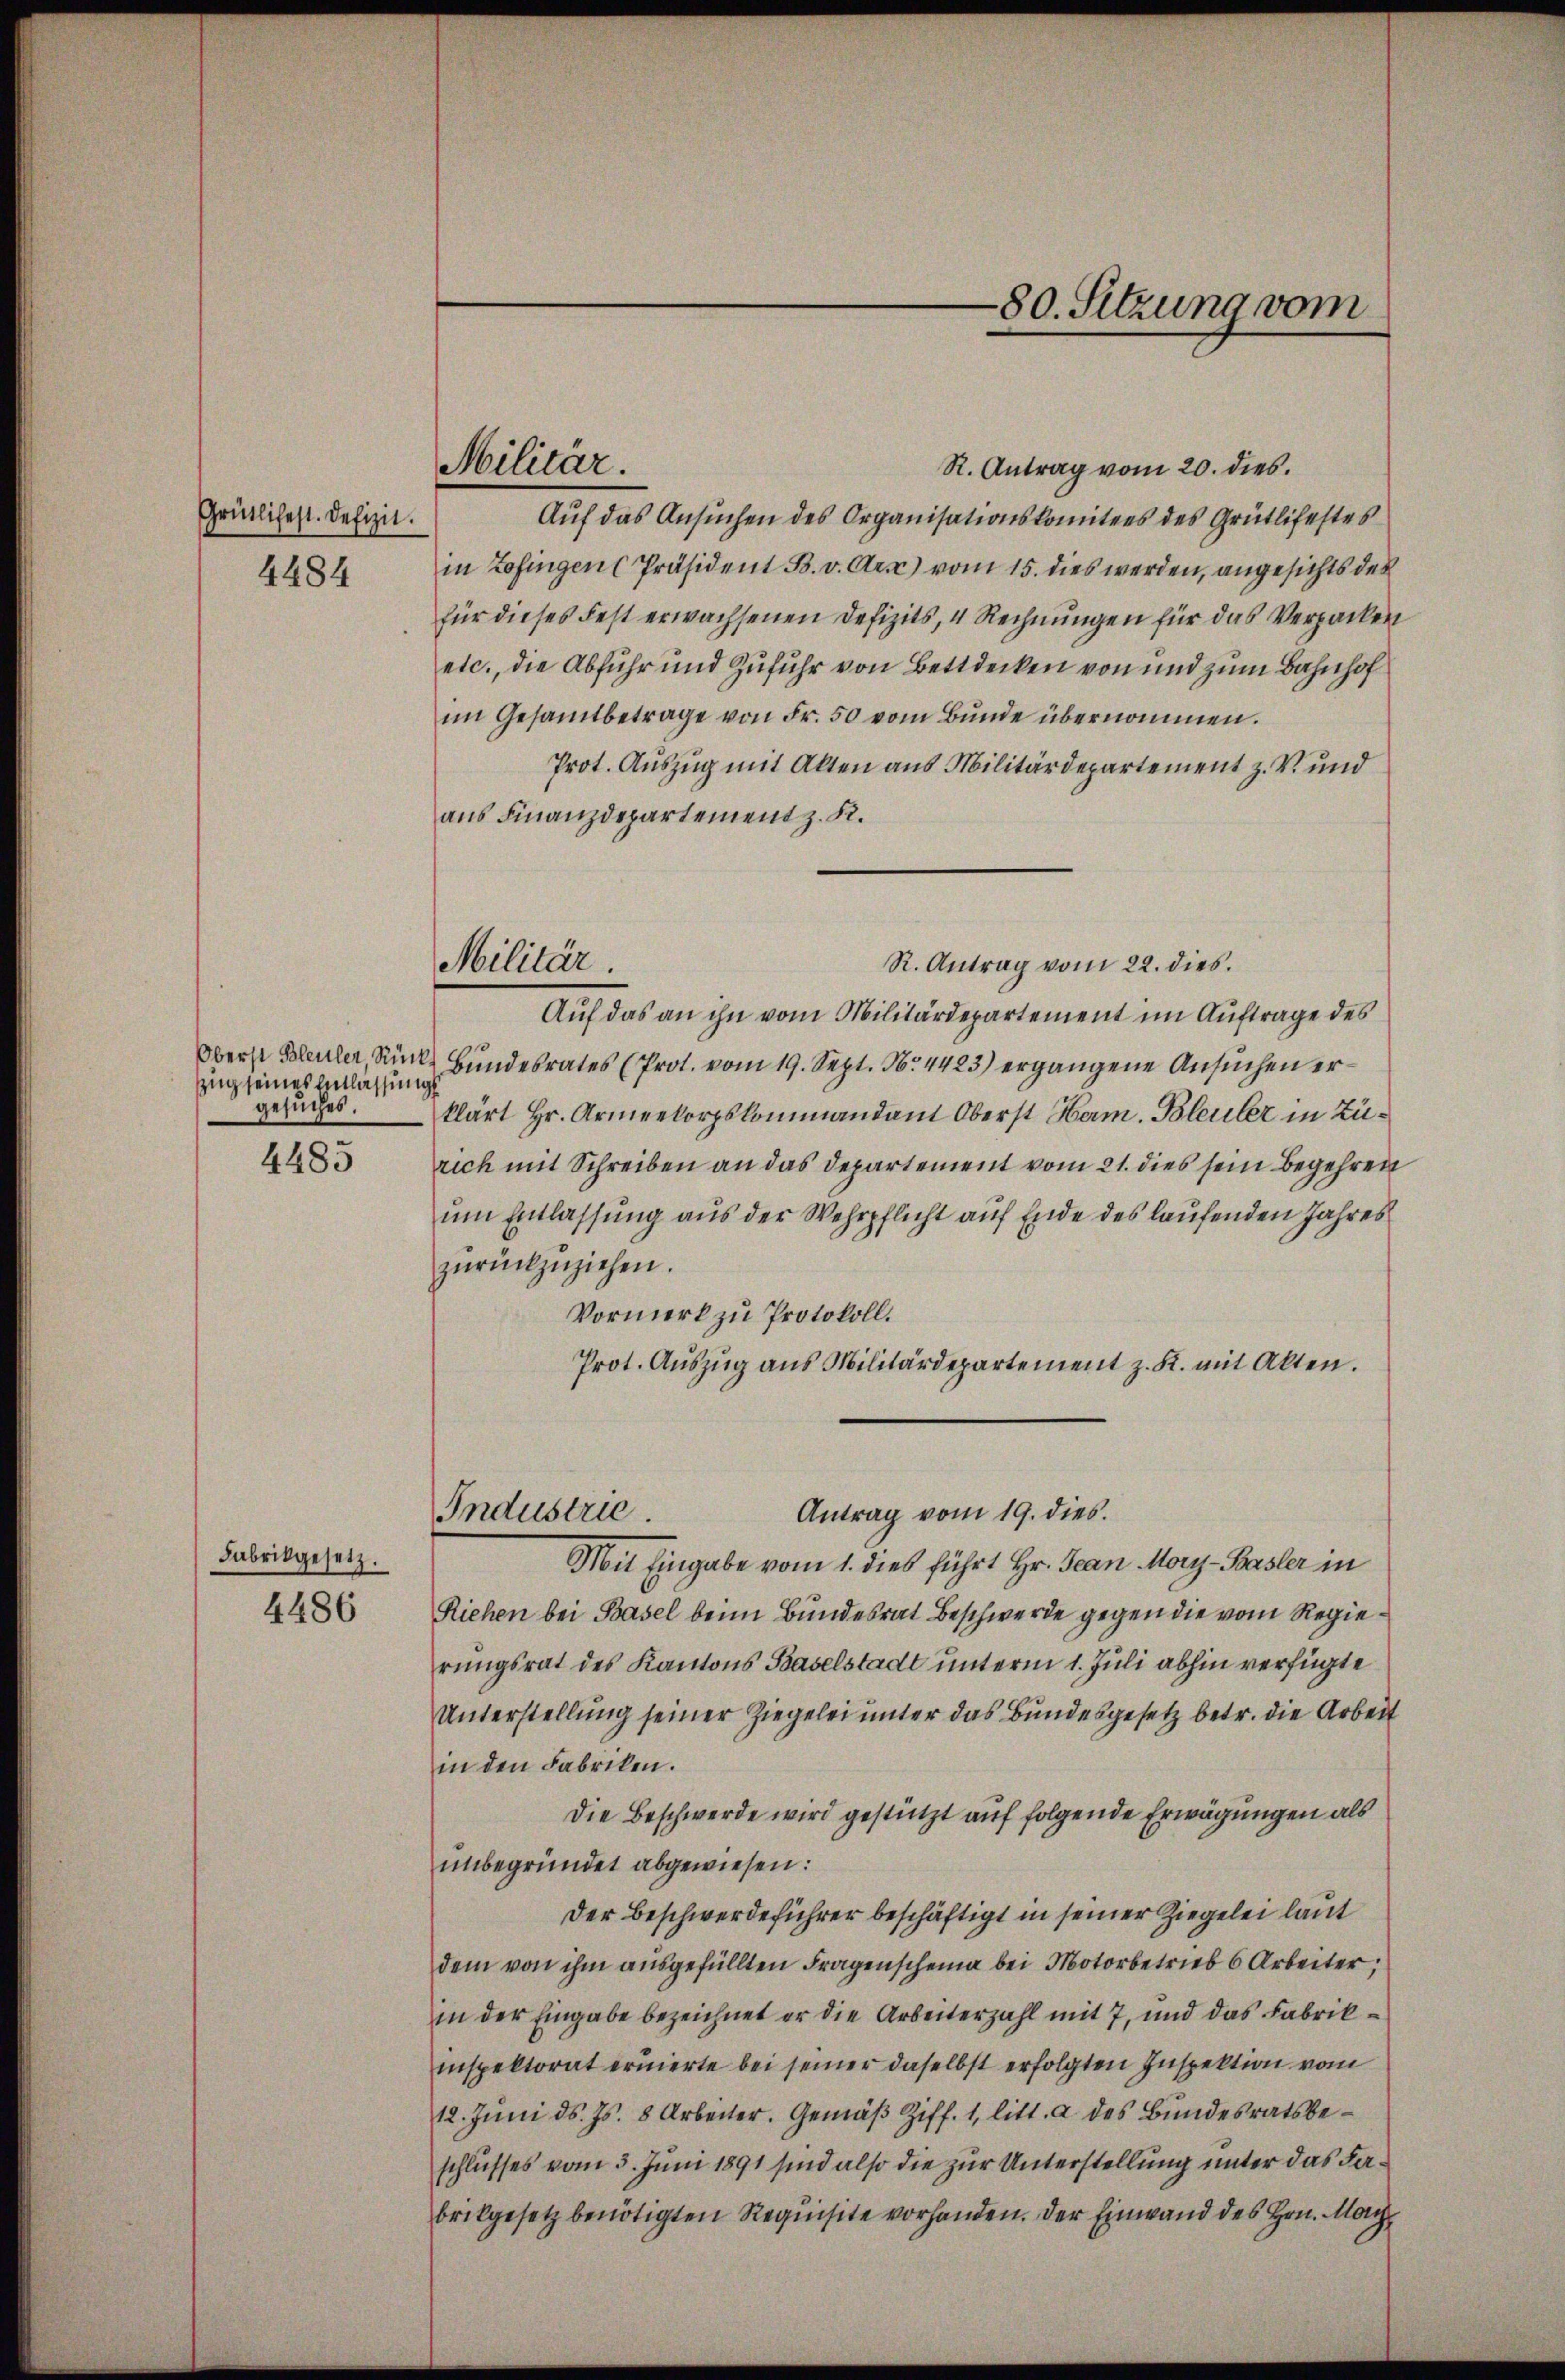
Grütlichest. Defizit.
4484

Oberst Bleuler, Rück¬
Zug seines Entlassung
gesuches.

4485

Fabrikgesetz.
4486

Militär.

Militär.

R. Antrag vom 20. dies.
Auf das Ansuchen des Organisationskomitees des Grütlifestes
in Zofingen Präsident B. v. Arx) vom 15. dies werden, angesichts des
für dieses Fest erwachsenen Defizits, 4 Rechnungen für das Verpacken
etc., die Abfuhr und Zufuhr von Bettdecken von und zum Bahnhof
im Gesamtbetrage von Fr. 50 vom Bunde übernommen.
Prot. Auszug mit Akten aus Militärdepartement z. V. und
aus Finanzdepartement z. R.
R. Antrag vom 22. dies.
Auf das an ihn vom Militärdepartement im Auftrage des
Bŭndesrates (Prot. vom 19. Sept. Nr. 4423) ergangene Ansuchen erklärt Hr. Armeekorpskommandant Oberst Ham. Bleuler in Zürich mit Schreiben an das Departement vom 21. dies sein Begehren
um Entlassung aus der Wehrpflicht auf Ende des laufenden Jahres
zŭrückzŭziehen.
Vormerk zu Protokoll.
Prot. Aŭszŭg ans Militärdepartement z. K. mit Akten.
Industrie
Antrag vom 19. dies.
Mit Eingabe vom 1. dies führt Hr. Jean Mory-Basler in
Riehen bei Basel beim Bundesrat Beschwerde gegen die vom Regierungsrat des Kantons Baselstadt unterm 1. Juli abhin verfügte
Unterstellung seiner Ziegelei unter das Bundesgesetz betr. die Arbeit
in den Fabriken.
Die Beschwerde wird gestützt auf folgende Erwägungen als
unbegründet abgewiesen:
Der Beschwerdeführer beschäftigt in seiner Ziegelei laut
dem von ihm ausgefüllten Fragenscheina bei Motorbetrieb 6 Arbeiter,
in der Eingabe bezeichnet er die Arbeiterzahl mit 7, und das Fabrikinspektorat eruierte bei seiner daselbst erfolgten Inspektion vom
12. Juni d. Js. 8 Arbeiter. Gemäβ Ziff. 1, litt. a des Bŭndesratsbeschlusses vom 3. Juni 1891 sind also die zur Unterstellung unter das Fabrikgesetz benötigten Requisite vorhanden. Der Einwand des Hrn. Ma¬

80. Sitzung vom